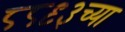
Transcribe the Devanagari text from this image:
८८९३च्या